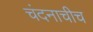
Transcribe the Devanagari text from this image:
चंदनाचीच